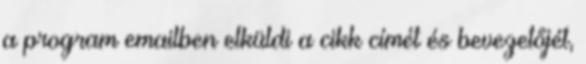
a program emailben elküldi a cikk címét és bevezetőjét,